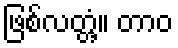
ဖြစ်လတ္တံ့။ တာဝ